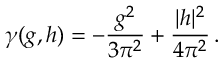
\gamma ( g , h ) = - \frac { g ^ { 2 } } { 3 \pi ^ { 2 } } + \frac { | h | ^ { 2 } } { 4 \pi ^ { 2 } } \, .